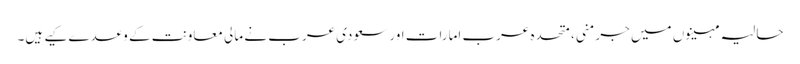
حالیہ مہینوں میں جرمنی، متحدہ عرب امارات اور سعودی عرب نے مالی معاونت کے وعدے کیے ہیں۔